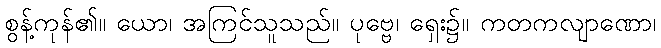
စွန့်ကုန်၏။ ယော၊ အကြင်သူသည်။ ပုဗ္ဗေ၊ ရှေး၌။ ကတကလျာဏော၊